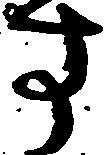
す